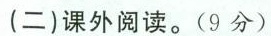
(二)课外阅读。